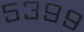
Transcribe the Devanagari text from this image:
५३९९